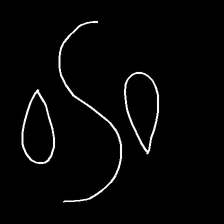
Glyph: water